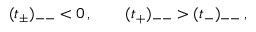
( t _ { \pm } ) _ { -- } < 0 \, , \qquad ( t _ { + } ) _ { -- } > ( t _ { - } ) _ { -- } \, ,